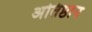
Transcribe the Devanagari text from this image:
अतिष्ठान